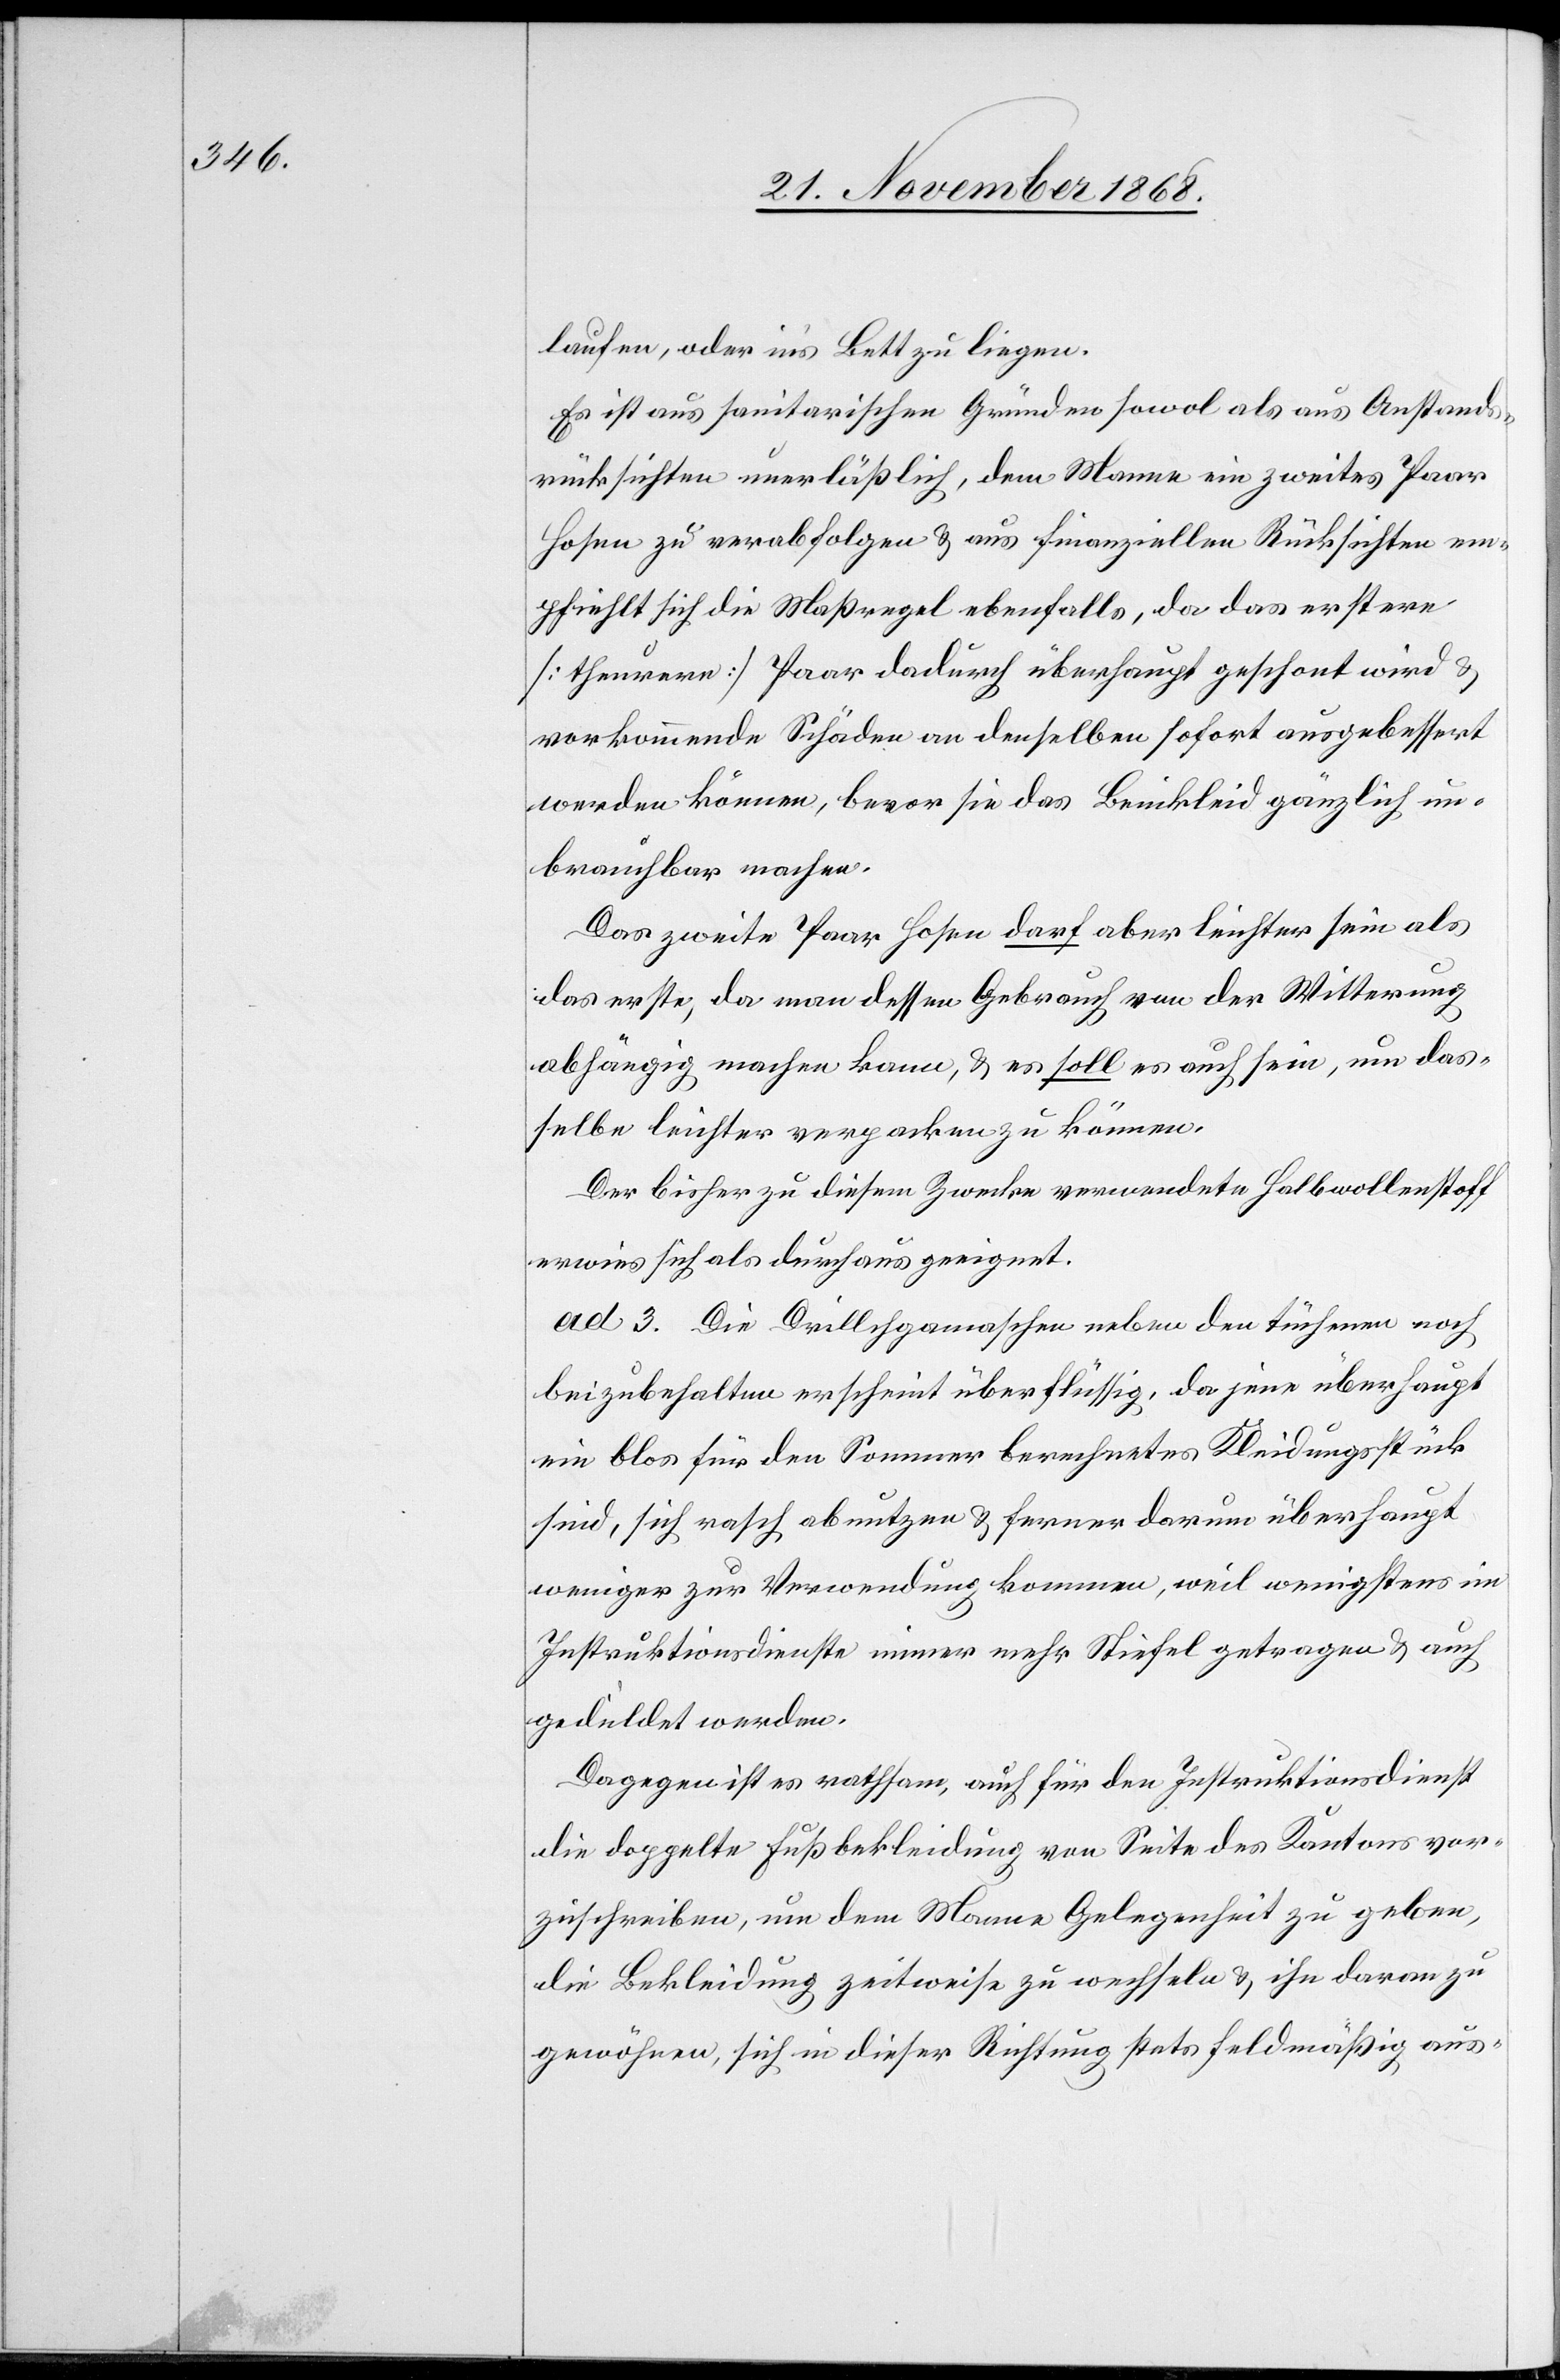
laufen, oder in’s Bett zu liegen.
Es ist aus sanitarischen Gründen sowol als aus Anstands¬
rücksichten unerläßlich, dem Manne ein zweites Paar
Hosen zu verabfolgen & aus finanziellen Rücksichten em¬
pfiehlt sich die Maßregel ebenfalls, da das erstere
[theurere] Paar dadurch überhaupt geschont wird &
vorkommende Schäden an denselben sofort ausgebessert
werden können, bevor sie das Beinkleid gänzlich un¬
brauchbar machen.
Das zweite Paar Hosen darf aber leichter sein als
das erste, da man dessen Gebrauch von der Witterung
abhängig machen kann, & es soll es auch sein, um das¬
selbe leichter verpacken zu können.
Der bisher zu diesem Zwecke verwendete Halbwollenstoff
erwies sich als durchaus geeignet.
ad 3. Die Drill[i]chgamaschen neben den tüchenen noch
beizubehalten erscheint überflüssig, da jene überhaupt
ein blos für den Sommer berechnetes Kleidungsstück
sind, sich rasch abnutzen & ferner darum überhaupt
weniger zur Verwendung kommen, weil wenigstens im
Instruktionsdienste immer mehr Stiefel getragen & auch
geduldet werden.
Dagegen ist es rathsam, auch für den Instruktionsdienst
die doppelte Fußbekleidung von Seite des Kantons vor¬
zuschreiben, um dem Manne Gelegenheit zu geben,
die Bekleidung zeitweise zu wechseln & ihn daran zu
gewöhnen, sich in dieser Richtung stets feldmäßig aus-